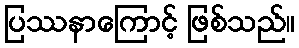
ပြဿနာကြောင့် ဖြစ်သည်။